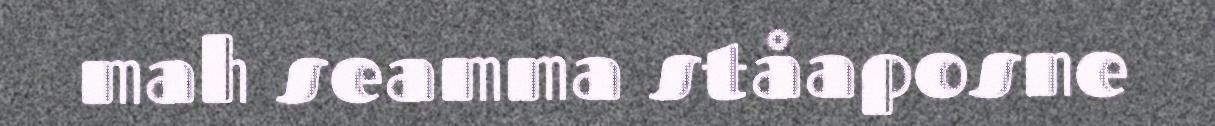
mah seamma ståaposne